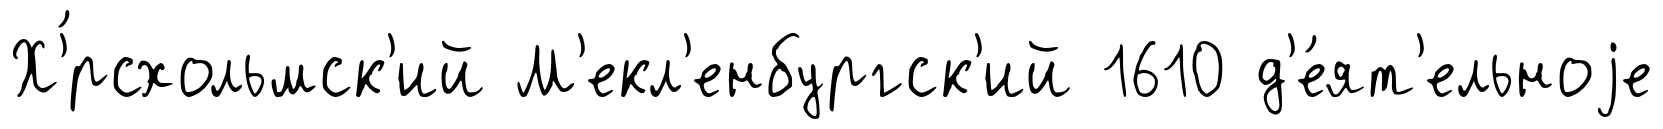
Х'́рсхольмск'ий М'екл'енбургск'ий 1610 д'е́ят'ельноjе